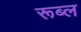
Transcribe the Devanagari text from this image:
रूब्ल